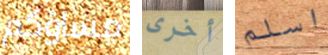
مساؤكم أخرى اسلم